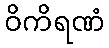
ဝိကိရဏံ